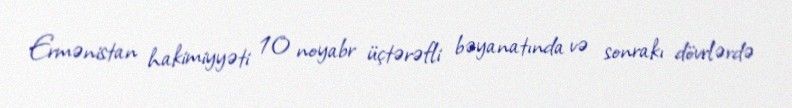
Ermənistan hakimiyyəti 10 noyabr üçtərəfli bəyanatında və sonrakı dövrlərdə